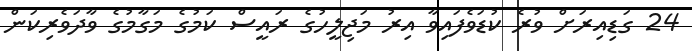
24 ގަޑިއިރަށް ވުރެ ކުޑަވެފައިވާ އިރު މަޖިލީހުގެ ރައީސް ކަމުގެ މަގާމުގެ ވާދަވެރިކަން